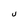
Character: U